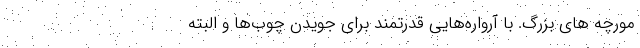
مورچه های بزرگ. با آرواره‌هایی قدرتمند برای جویدن چوب‌ها و البته